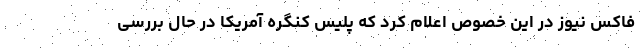
فاکس نیوز در این خصوص اعلام کرد که پلیس کنگره آمریکا در حال بررسی